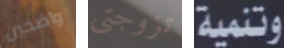
واضحين تزوجتي وتنمية